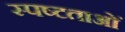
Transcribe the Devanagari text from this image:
स्पष्टताओं